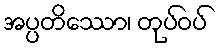
အပ္ပတိဿော၊ တုပ်ဝပ်